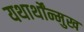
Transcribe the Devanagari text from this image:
यथार्थोंन्मुख